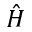
\hat { H }